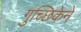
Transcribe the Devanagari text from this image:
गुच्छिकेने